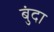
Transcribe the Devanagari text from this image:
बुंदा